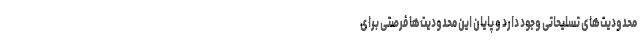
محدودیت‌های تسلیحاتی وجود دارد و پایان این محدودیت‌ها فرصتی برای